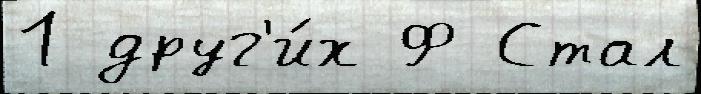
1 друг'и́х Ф Стал